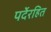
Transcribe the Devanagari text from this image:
पर्देरहित